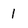
Character: 1